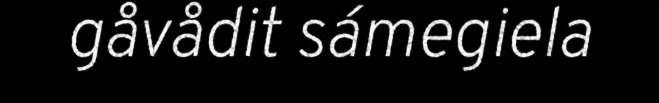
gåvådit sámegiela